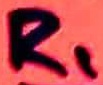
Text: R1